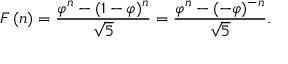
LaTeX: F \left( n \right) = { \frac { \varphi ^ { n } - ( 1 - \varphi ) ^ { n } } { \sqrt { 5 } } } = { \frac { \varphi ^ { n } - ( - \varphi ) ^ { - n } } { \sqrt { 5 } } } .